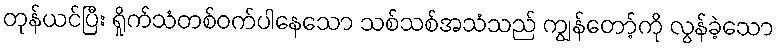
တုန်ယင်ပြီး ရှိုက်သံတစ်ဝက်ပါနေသော သစ်သစ်အသံသည် ကျွန်တော့်ကို လွန်ခဲ့သော